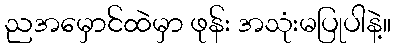
ညအမှောင်ထဲမှာ ဖုန်း အသုံးမပြုပါနဲ့။